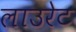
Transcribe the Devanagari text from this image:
लाउरेट